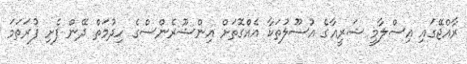
ރާއްޖޭގައި އިސްލާމީ ޝަރީއާގެ އުސޫލުތަކާ އެއްގޮތަށް އިންޝޫރެންސްގެ ހިދުމަތް ދޭން ފެށި ފުރަތަމަ